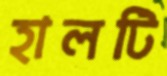
হালটি